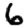
Digit: 6